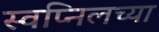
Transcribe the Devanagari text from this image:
स्वप्निलच्या